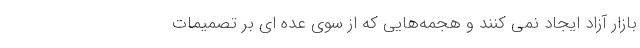
بازار آزاد ایجاد نمی کنند و هجمه‌هایی که از سوی عده ای بر تصمیمات